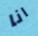
انا